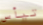
تيأس